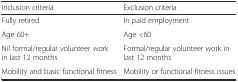
| Inclusion criteria | Exclusion criteria |
 | --- | --- |
 | Fully retired | In paid employment |
 | Age 60+ | Age <60 |
 | Nil formal/regular volunteer work in last 12 months | Formal/regular volunteer work in last 12 months |
 | Mobility and basic functional fitness | Mobility or functional fitness issues |